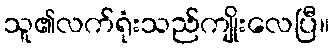
သူ၏လက်ရုံးသည်ကျိုးလေပြီ။